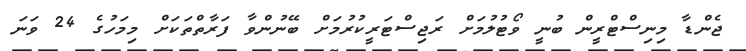
ޖެންޑާ މިނިސްޓްރީން ބުނީ ވޯޓުލުމަށް ރަޖިސްޓަރީކުރުމަށް ބޭނުންވާ ފަރާތްތަކަށް މިމަހުގެ 24 ވަނަ